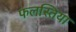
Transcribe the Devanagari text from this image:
फलस्तिया